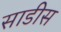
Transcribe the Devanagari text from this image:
साडीस